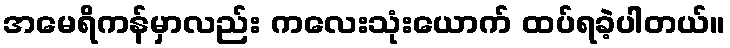
အမေရိကန်မှာလည်း ကလေးသုံးယောက် ထပ်ရခဲ့ပါတယ်။